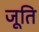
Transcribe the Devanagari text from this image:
जूति